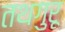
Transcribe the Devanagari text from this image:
तथगुरू